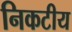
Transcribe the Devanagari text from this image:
निकटीय